French assistants in Scottish schools and training centres, 1920
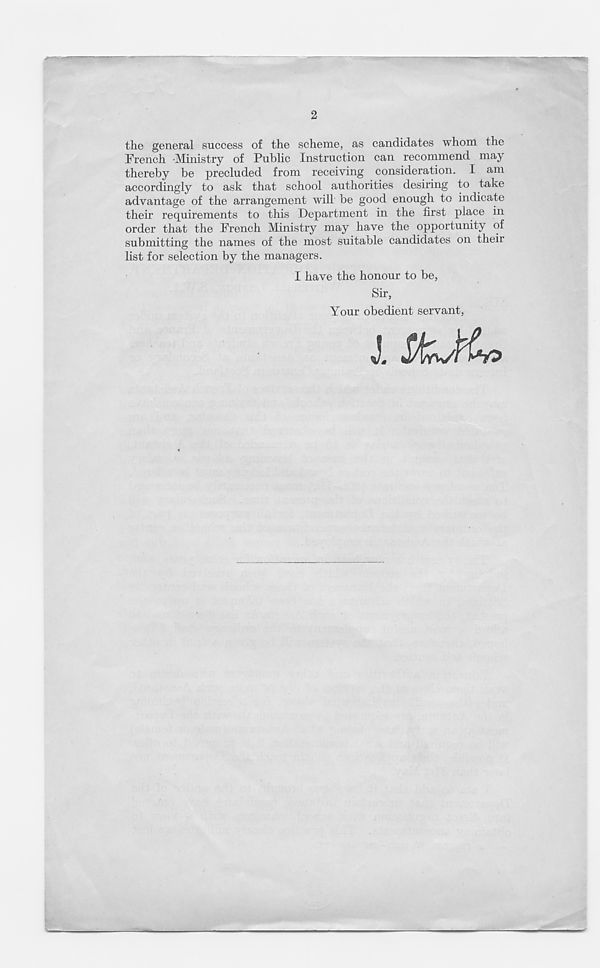
2
the general success of the scheme, as candidates whom the
French Ministry of Public Instruction can recommend may
thereby be precluded from receiving consideration. I am
accordingly to ask that school authorities desiring to take
advantage of the arrangement will be good enough to indicate
their requirements to this Department in the first place in
order that the French Ministry may have the opportunity of
submitting the names of the most suitable candidates on their
list for selection by the managers.
I have the honour to be,
Sir,
Your obedient servant,